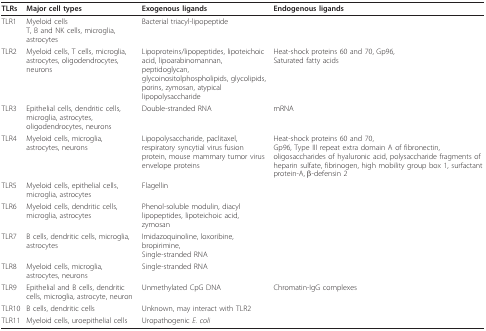
| TLRs | Major cell types | Exogenous ligands | Endogenous ligands |
 | --- | --- | --- | --- |
 | TLR1 | Myeloid cellsT, B and NK cells, microglia, astrocytes | Bacterial triacyl-lipopeptide |  |
 | TLR2 | Myeloid cells, T cells, microglia, astrocytes, oligodendrocytes, neurons | Lipoproteins/lipopeptides, lipoteichoic acid, lipoarabinomannan, peptidoglycan,glycoinositolphospholipids, glycolipids,porins, zymosan, atypical lipopolysaccharide | Heat-shock proteins 60 and 70, Gp96,Saturated fatty acids |
 | TLR3 | Epithelial cells, dendritic cells, microglia, astrocytes, oligodendrocytes, neurons | Double-stranded RNA | mRNA |
 | TLR4 | Myeloid cells, microglia, astrocytes, neurons | Lipopolysaccharide, paclitaxel,respiratory syncytial virus fusion protein, mouse mammary tumor virus envelope proteins | Heat-shock proteins 60 and 70,Gp96, Type III repeat extra domain A of fibronectin, oligosaccharides of hyaluronic acid, polysaccharide fragments of heparin sulfate, fibrinogen, high mobility group box 1, surfactant protein-A, β-defensin 2 |
 | TLR5 | Myeloid cells, epithelial cells, microglia, astrocytes | Flagellin |  |
 | TLR6 | Myeloid cells, dendritic cells, microglia, astrocytes | Phenol-soluble modulin, diacyl lipopeptides, lipoteichoic acid, zymosan |  |
 | TLR7 | B cells, dendritic cells, microglia, astrocytes | Imidazoquinoline, loxoribine, bropirimine,Single-stranded RNA |  |
 | TLR8 | Myeloid cells, microglia, astrocytes, neurons | Single-stranded RNA |  |
 | TLR9 | Epithelial and B cells, dendritic cells, microglia, astrocyte, neuron | Unmethylated CpG DNA | Chromatin-IgG complexes |
 | TLR10 | B cells, dendritic cells | Unknown, may interact with TLR2 |  |
 | TLR11 | Myeloid cells, uroepithelial cells | Uropathogenic E. coli |  |